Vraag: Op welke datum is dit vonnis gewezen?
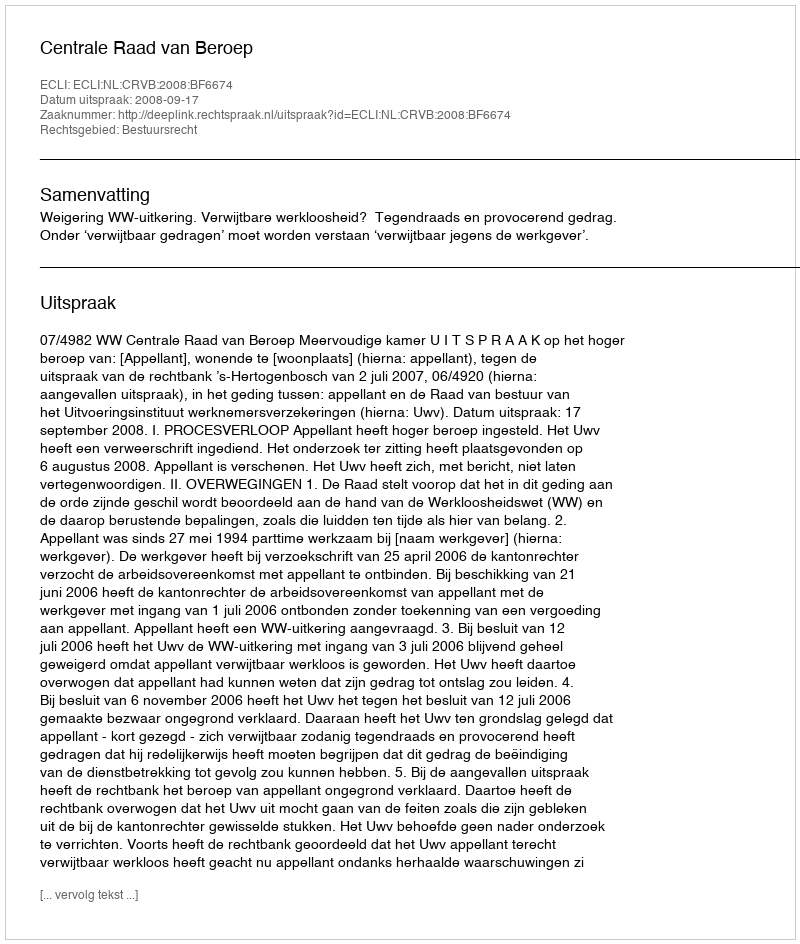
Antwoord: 2008-09-17